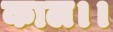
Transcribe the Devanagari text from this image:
काल।।